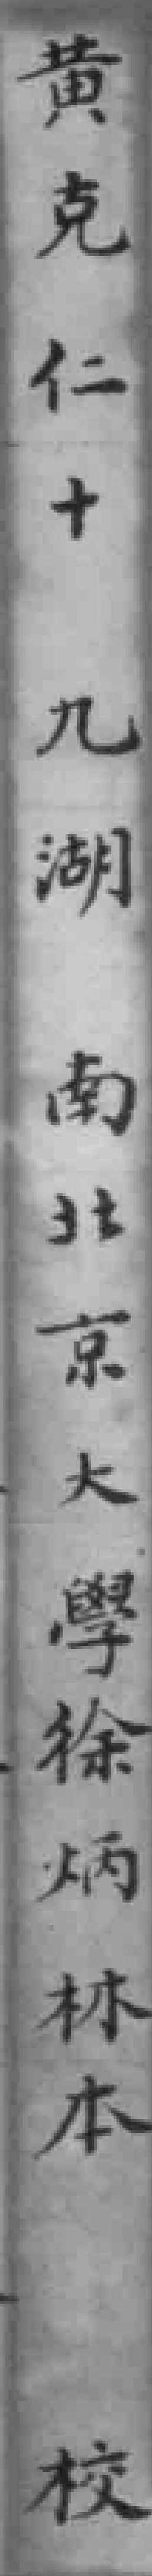
黄克仁十九湖南北京大學徐炳林本校